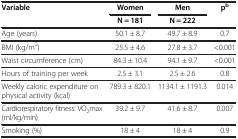
| Variable | Women | Men | pb |
 |  | N = 181 | N = 222 |  |
 | --- | --- | --- | --- |
 | Age (years) | 50.1 ± 8.7 | 49.7 ± 8.9 | 0.7 |
 | BMI (kg/m2) | 25.5 ± 4.6 | 27.8 ± 3.7 | <0.001 |
 | Waist circumference (cm) | 84.3 ± 10.4 | 94.1 ± 9.7 | <0.001 |
 | Hours of training per week | 2.5 ± 3.1 | 2.5 ± 2.6 | 0.8 |
 | Weekly caloric expenditure on physical activity (kcal) | 789.3 ± 820.1 | 1134.1 ± 1191.3 | 0.014 |
 | Cardiorespiratory fitness: VO2max (ml/kg/min) | 39.2 ± 9.7 | 41.6 ± 8.7 | 0.007 |
 | Smoking (%) | 18 ± 4 | 18 ± 4 | 0.9 |